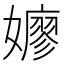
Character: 𫲋